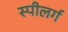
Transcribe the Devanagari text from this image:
स्पीलर्ग